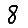
Digit: 8